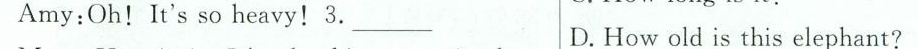
Amy:Oh!It's so heavy!3.___ D. How old is this elephant?